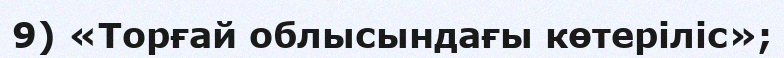
9) «Торғай облысындағы көтеріліс»;